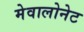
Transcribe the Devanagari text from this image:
मेवालोनेट